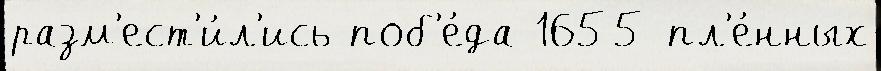
разм'ест'и́л'ись поб'е́да 1655 пл'е́нных